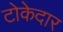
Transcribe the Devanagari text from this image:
टोकेदार